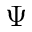
\Psi